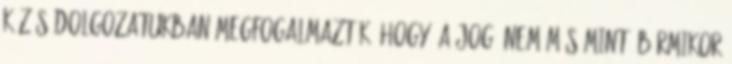
közös dolgozatukban megfogalmazták, hogy “A JOG nem más,mint BÁRMIKOR